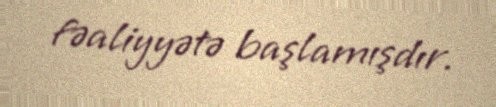
fəaliyyətə başlamışdır.